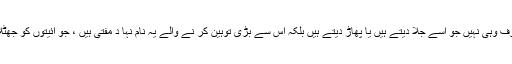
قران پاک کی توہین کرنے والے صرف وہی نہیں جو اسے جلا دیتے ہیں یا پھاڑ دیتے ہیں بلکہ اس سے بڑی توہین کر نے والے یہ نام نہا د مفتی ہیں ، جو آئیتوں کو جھٹلا کر خو د ساختہ فتوے گھڑتے ہیں ۔